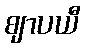
ဈာပယီ